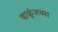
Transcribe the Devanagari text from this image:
वाळूंजच्या